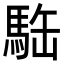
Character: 𩢿